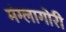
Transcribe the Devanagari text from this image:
मंग्लागोरी